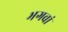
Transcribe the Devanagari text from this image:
भगवां